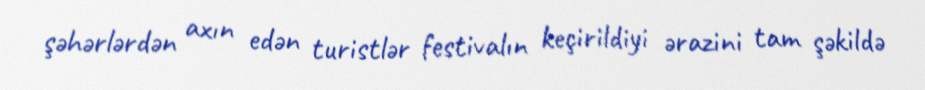
şəhərlərdən axın edən turistlər festivalın keçirildiyi ərazini tam şəkildə